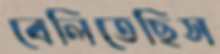
বেলিতেছিস